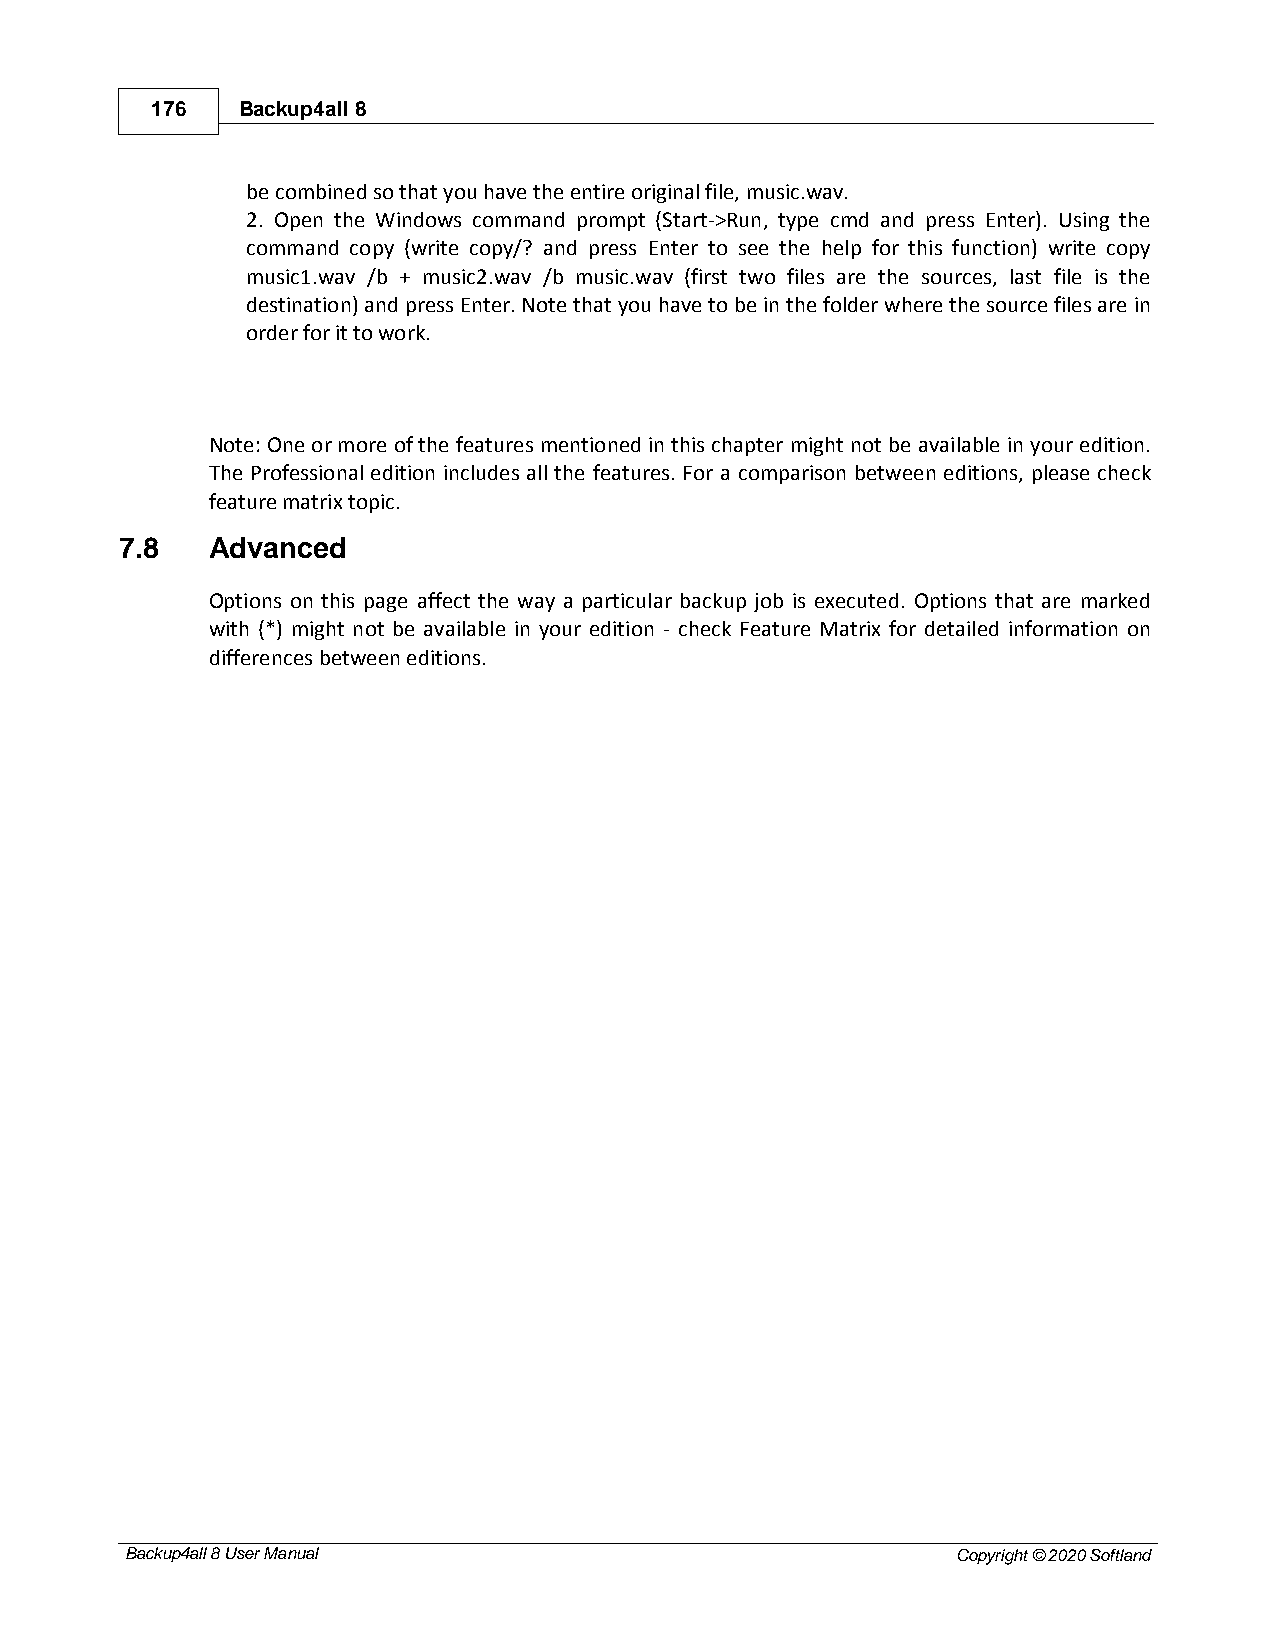
176   Backup4all 8
 be combined so that you have the entire original file, music.wav.
 2. Open the Windows command prompt (Start->Run, type cmd and press Enter). Using the
 command copy (write copy/? and press Enter to see the help for this function) write copy
 music1.wav /b + music2.wav /b music.wav (first two files are the sources, last file is the
 destination) and press Enter. Note that you have to be in the folder where the source files are in
 order for it to work.
 Note: One or more of the features mentioned in this chapter might not be available in your edition.
 The Professional edition includes all the features. For a comparison between editions, please check
 feature matrix topic.
 7.8   Advanced
 Options on this page affect the way a particular backup job is executed. Options that are marked
 with (*) might not be available in your edition - check Feature Matrix for detailed information on
 differences between editions.
 Backup4all 8 User Manual                               Copyright © 2020 Softland